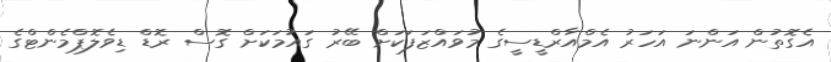
އެގޮތުން އަންނަ އަހަރު އެމްއާރްޑީސީގެ މުވައްޒަފަކަށް ބޭރު ގައުމަކަށް ގޮސް ރޮޑް ޑިވެލޮޕްމެންޓްގެ